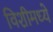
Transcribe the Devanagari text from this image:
विशीमध्ये